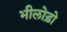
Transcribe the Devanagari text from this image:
भीलोड़ो